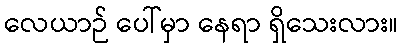
လေယာဉ် ပေါ်မှာ နေရာ ရှိသေးလား။